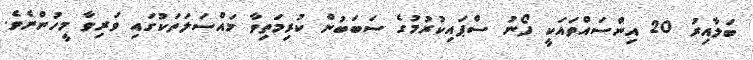
ބަލާއިރު 20 އިންސައްތައަކީ ފޯނު ސްޕައިކުރުމުގެ ސަބަބުން ކުރިމަތިވާ މައްސަލަތަކުގައި ވަރިވާ މީހުންނެވެ.